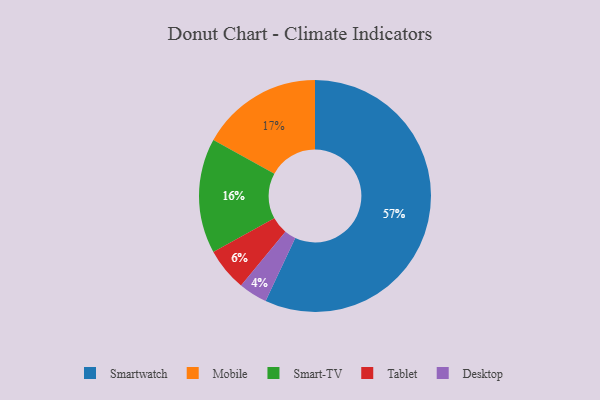
{"axis": {"x": "Category", "y": "Percentage"}, "legend": ["Desktop", "Mobile", "Smart-TV", "Smartwatch", "Tablet"], "data": [{"x": "Smart-TV", "y": 16, "type": "Smart-TV"}, {"x": "Mobile", "y": 17, "type": "Mobile"}, {"x": "Smartwatch", "y": 57, "type": "Smartwatch"}, {"x": "Desktop", "y": 4, "type": "Desktop"}, {"x": "Tablet", "y": 6, "type": "Tablet"}]}